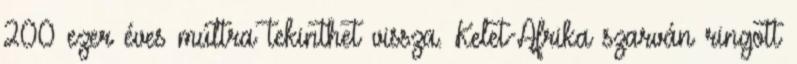
200 ezer éves múltra tekinthet vissza. Kelet-Afrika szarván ringott